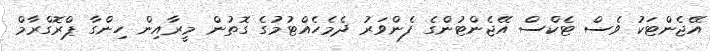
އޭޖެންޓަކު ވެސް ޓެކްސް އޭޖެންޓުންގެ ފެންވަރު ދެމެހެއްޓުމުގެ ގޮތުން މީރާއިން ހިންގާ ޕްރޮގްރާމް